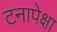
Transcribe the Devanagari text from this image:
टनापेक्षा